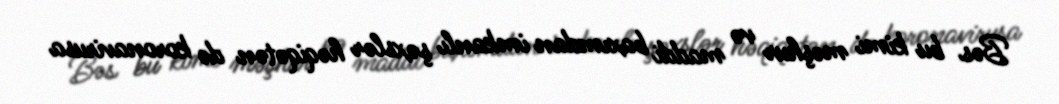
Bəs bu kimi məşhur və maddi baxımdan imkanlı şəxslər həqiqətən də koronavirusa